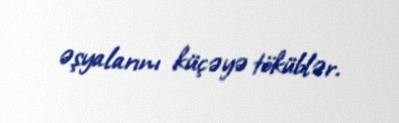
əşyalarını küçəyə töküblər.